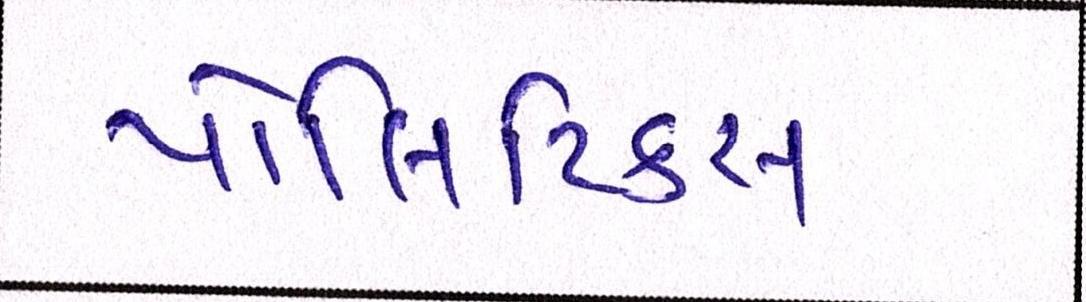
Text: પોલિટિકસ